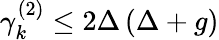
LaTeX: \begin{array}{r}{\gamma_{k}^{(2)}\le 2\Delta\left(\Delta+g\right)}\end{array}